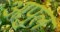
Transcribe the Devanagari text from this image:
आपुल